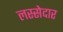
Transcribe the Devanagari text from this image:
लस्सेदार